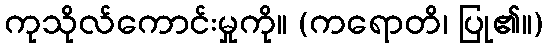
ကုသိုလ်ကောင်းမှုကို။ (ကရောတိ၊ ပြု၏။)